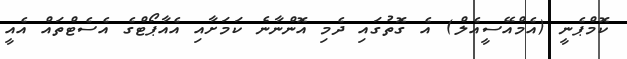
ކޮމްޕެނީ (އެމްއޭސީއެލް) އެ ގޮތުގައި ދެމި އޮންނާނެ ކަމަށާއި އެއާޕޯޓްގެ އެސެޓްތައް އެއީ